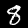
Label: 8